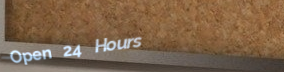
Open 24 Hours